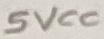
Text: 5VCC